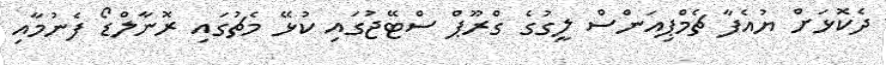
ދެކޮޅަށް ޔުއެފާ ޗެމްޕިއަންސް ލީގުގެ ގްރޫޕް ސްޓޭޖުގައި ކުޅޭ މެޗުގައި ރޮނާލްޑޯ ފެނުމާއި